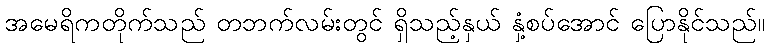
အမေရိကတိုက်သည် တဘက်လမ်းတွင် ရှိသည့်နှယ် နှံ့စပ်အောင် ပြောနိုင်သည်။